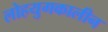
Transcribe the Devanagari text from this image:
लोहयुगकालीन